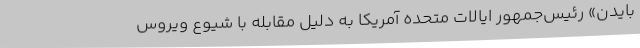
بایدن» رئیس‌جمهور ایالات متحده آمریکا به دلیل مقابله با شیوع ویروس